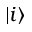
| i \rangle